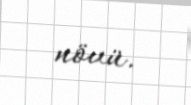
növü.